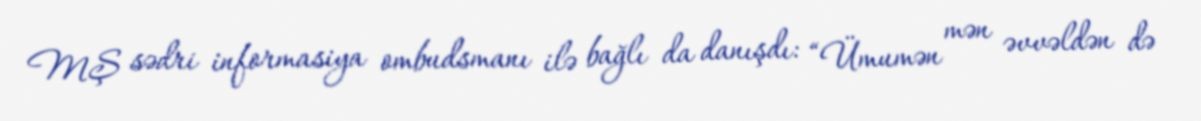
MŞ sədri informasiya ombudsmanı ilə bağlı da danışdı: “Ümumən mən əvvəldən də